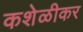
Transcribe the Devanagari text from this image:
कशेळीकर